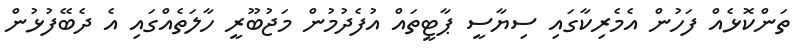
ތަންކޮޅެއް ފަހުން އެމެރިކާގައި ސިޔާސީ ޕާޓީތައް އުފެދުމުން މަޖުބޫރީ ހާލަތެއްގައި އެ ދެބޭފުޅުން